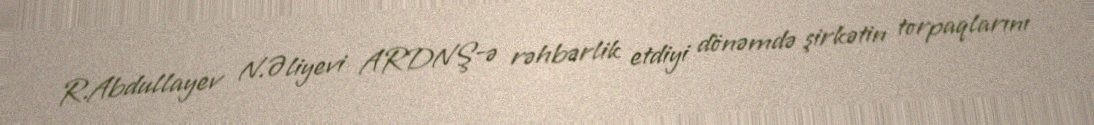
R.Abdullayev N.Əliyevi ARDNŞ-ə rəhbərlik etdiyi dönəmdə şirkətin torpaqlarını